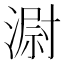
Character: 𣻷